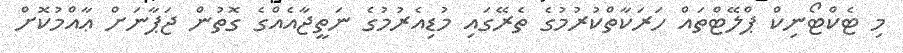
މި ޓެކްޓޯނިކް ޕްލޭޓްތައް ހަރަކާތްކުރުމުގެ ތެރޭގައި މުޑިއެރުމުގެ ނަތީޖާއެއްގެ ގޮތުން ޖަޕާނަށް ޢާއްމުކޮށް